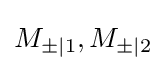
M_{\pm |1},M_{\pm |2}